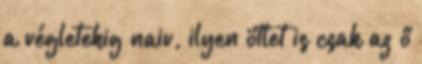
a végletekig naiv, ilyen ötlet is csak az ő